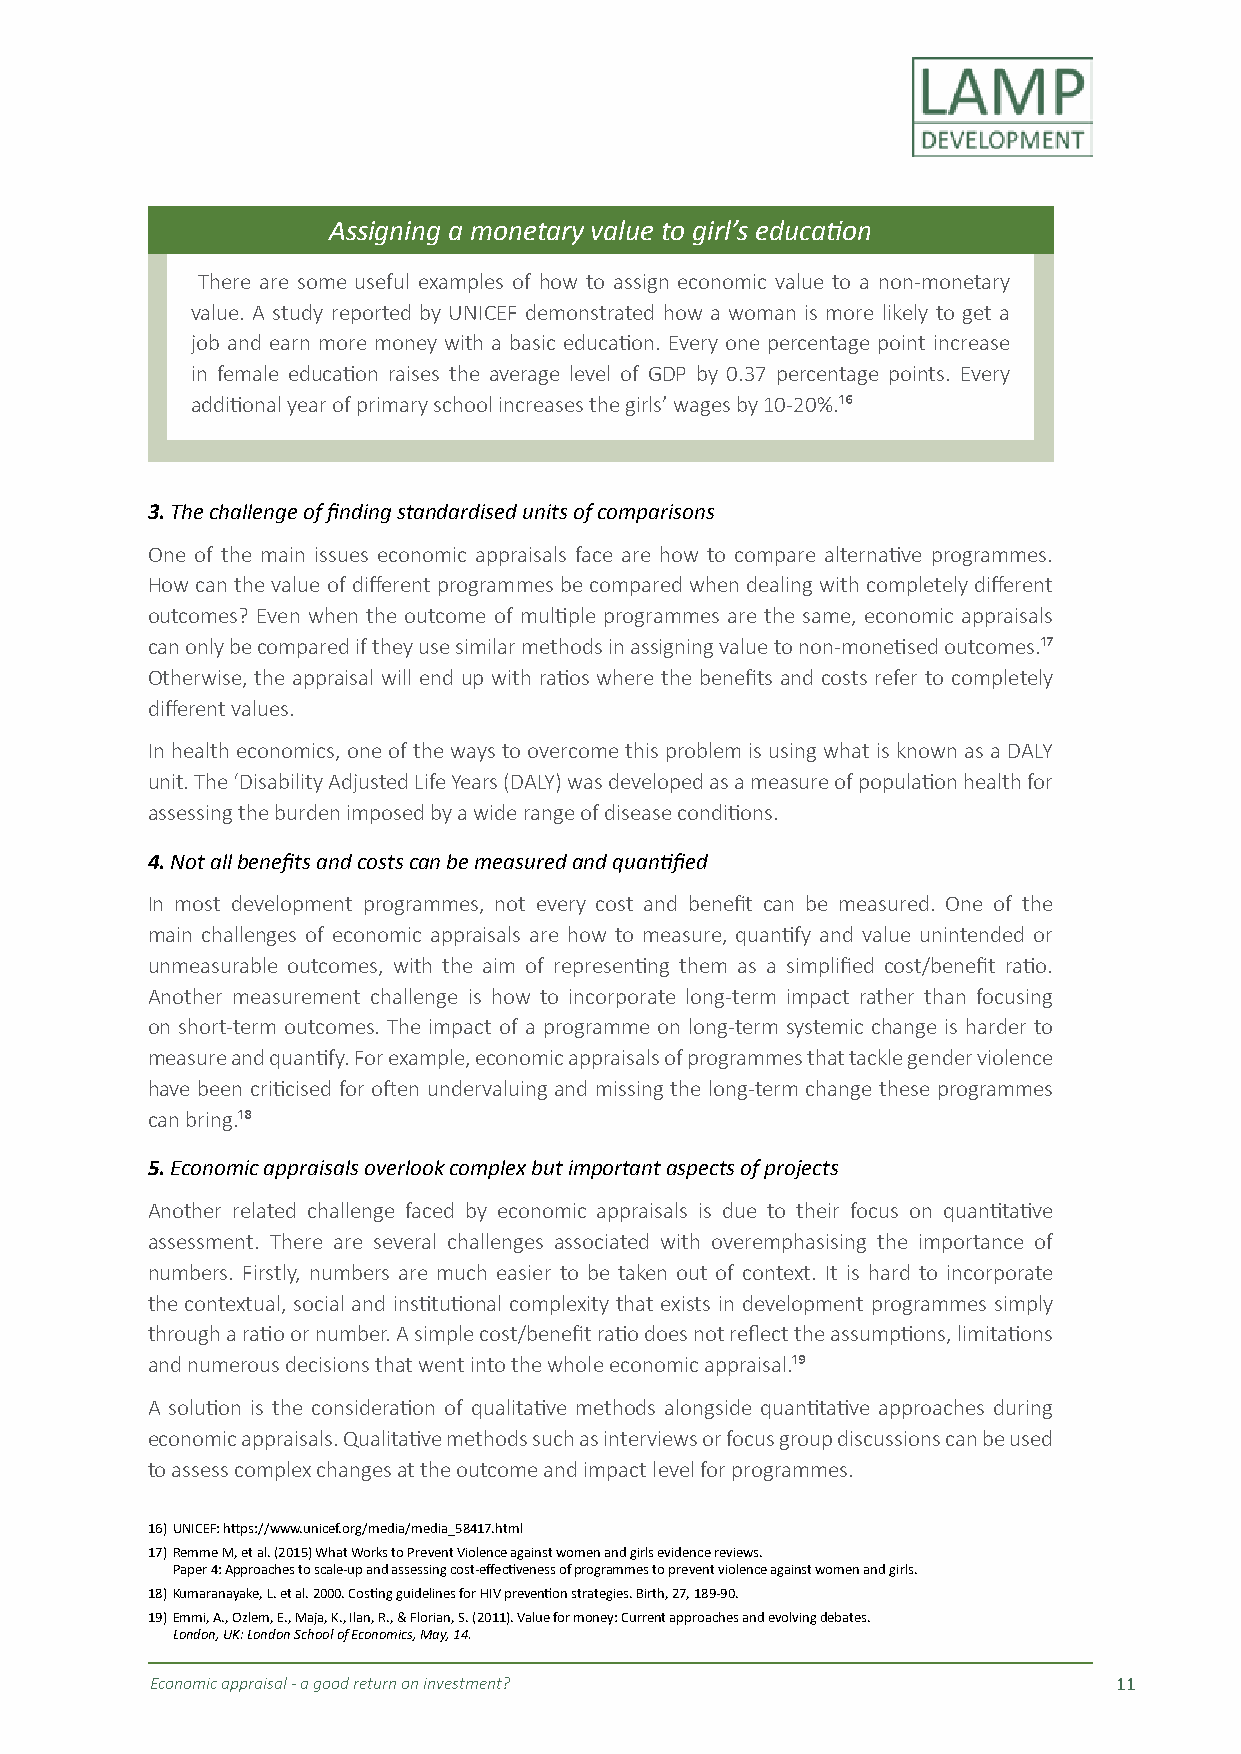
Assigning a monetary value to girl’s education
 There are some useful examples of how to assign economic value to a non-monetary
 value. A study reported by UNICEF demonstrated how a woman is more likely to get a
 job and earn more money with a basic education. Every one percentage point increase
 in female education raises the average level of GDP by 0.37 percentage points. Every
 additional year of primary school increases the girls’ wages by 10-20%.¹⁶
 3. The challenge of finding standardised units of comparisons
 One of the main issues economic appraisals face are how to compare alternative programmes.
 How can the value of different programmes be compared when dealing with completely different
 outcomes? Even when the outcome of multiple programmes are the same, economic appraisals
 can only be compared if they use similar methods in assigning value to non-monetised outcomes.¹⁷
 Otherwise, the appraisal will end up with ratios where the benefits and costs refer to completely
 different values.
 In health economics, one of the ways to overcome this problem is using what is known as a DALY
 unit. The ‘Disability Adjusted Life Years (DALY) was developed as a measure of population health for
 assessing the burden imposed by a wide range of disease conditions.
 4. Not all benefits and costs can be measured and quantified
 In most development programmes, not every cost and benefit can be measured. One of the
 main challenges of economic appraisals are how to measure, quantify and value unintended or
 unmeasurable outcomes, with the aim of representing them as a simplified cost/benefit ratio.
 Another measurement challenge is how to incorporate long-term impact rather than focusing
 on short-term outcomes. The impact of a programme on long-term systemic change is harder to
 measure and quantify. For example, economic appraisals of programmes that tackle gender violence
 have been criticised for often undervaluing and missing the long-term change these programmes
 can bring.¹⁸
 5. Economic appraisals overlook complex but important aspects of projects
 Another related challenge faced by economic appraisals is due to their focus on quantitative
 assessment. There are several challenges associated with overemphasising the importance of
 numbers. Firstly, numbers are much easier to be taken out of context. It is hard to incorporate
 the contextual, social and institutional complexity that exists in development programmes simply
 through a ratio or number. A simple cost/benefit ratio does not reflect the assumptions, limitations
 and numerous decisions that went into the whole economic appraisal.¹⁹
 A solution is the consideration of qualitative methods alongside quantitative approaches during
 economic appraisals. Qualitative methods such as interviews or focus group discussions can be used
 to assess complex changes at the outcome and impact level for programmes.
 16) UNICEF: https://www.unicef.org/media/media_58417.html
 17) Remme M, et al. (2015) What Works to Prevent Violence against women and girls evidence reviews.
 Paper 4: Approaches to scale-up and assessing cost-effectiveness of programmes to prevent violence against women and girls.
 18) Kumaranayake, L. et al. 2000. Costing guidelines for HIV prevention strategies. Birth, 27, 189-90.
 19) Emmi, A., Ozlem, E., Maja, K., Ilan, R., & Florian, S. (2011). Value for money: Current approaches and evolving debates.
 London, UK: London School of Economics, May, 14.
 Economic appraisal - a good return on investment?               11